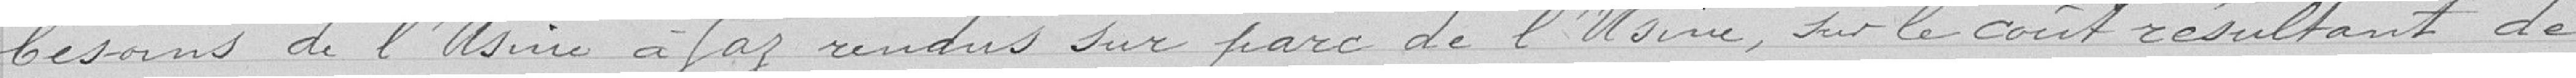
besoins de l'usine à gaz rendus sur parc de l'usine, sur le coût résultant de